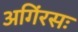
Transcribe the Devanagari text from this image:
अगिंरसः